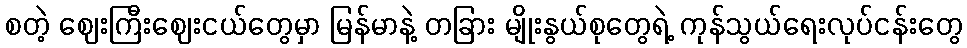
စတဲ့ ဈေးကြီးဈေးငယ်တွေမှာ မြန်မာနဲ့ တခြား မျိုးနွယ်စုတွေရဲ့ ကုန်သွယ်ရေးလုပ်ငန်းတွေ